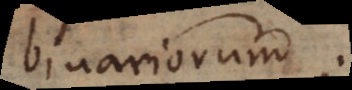
binariorum.